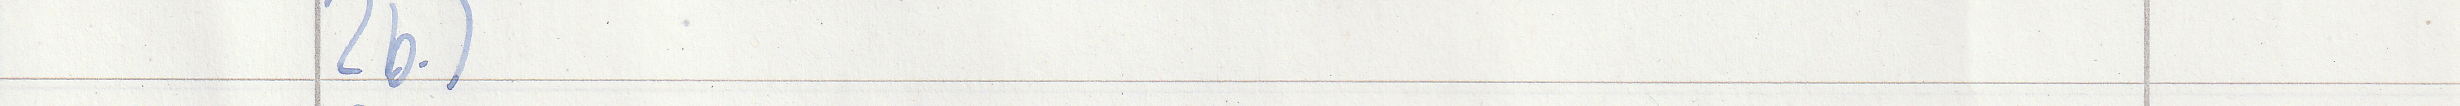
2b.)